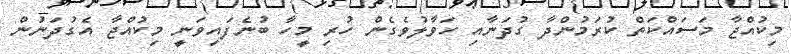
މިކުއްޖާ މަސައްކަތް ކުރަމުންދާ ގުދަނާއި ހަވާލުވެގެން ހުރި މީހާ ބުނެފައިވަނީ މިކުއްޖާ އެގުދަނުން